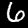
Label: 6